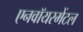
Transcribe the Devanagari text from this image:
एनवॉयरमेंटल